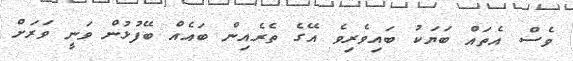
ވެސް އެތައް ބަޔަކު ބައިވެރިވެ އޭގެ ތެރެއިން ބައެއް ބޭފުޅުން ވަނީ ވަރަށް